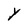
Character: Y